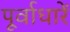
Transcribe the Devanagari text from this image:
पूर्वाधारें